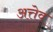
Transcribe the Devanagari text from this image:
अत्तेव